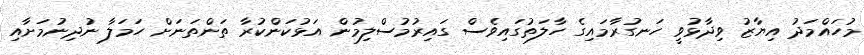
މުހައްމަދު އިޔާޒު ވިދާޅުވީ ހަނގުރާމައިގެ ހާލަތުގައިވެސް ގައިރުމުސްލިމުން އަޅުކަންކުރާ ތަންތަނަށް ހަމަލާ ނުދިނުމަށާއި